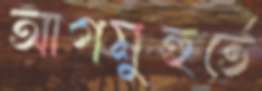
আগমুহুর্তে